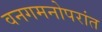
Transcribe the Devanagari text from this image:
वनगमनोपरांत